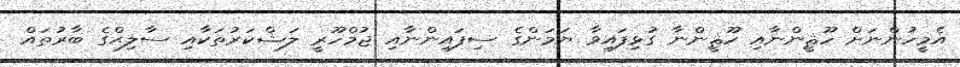
އެމީހުންނަށް ހޫޘީންނާއި ހޫޘީންނާ ގުޅިފައިވާ ޔަަމަންގެ ސިފައިންނާއި ޖުމްހޫރީ ލަޝްކަރުތަކާއި ސާލިޙްގެ ބާރުތައް